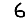
Digit: 6